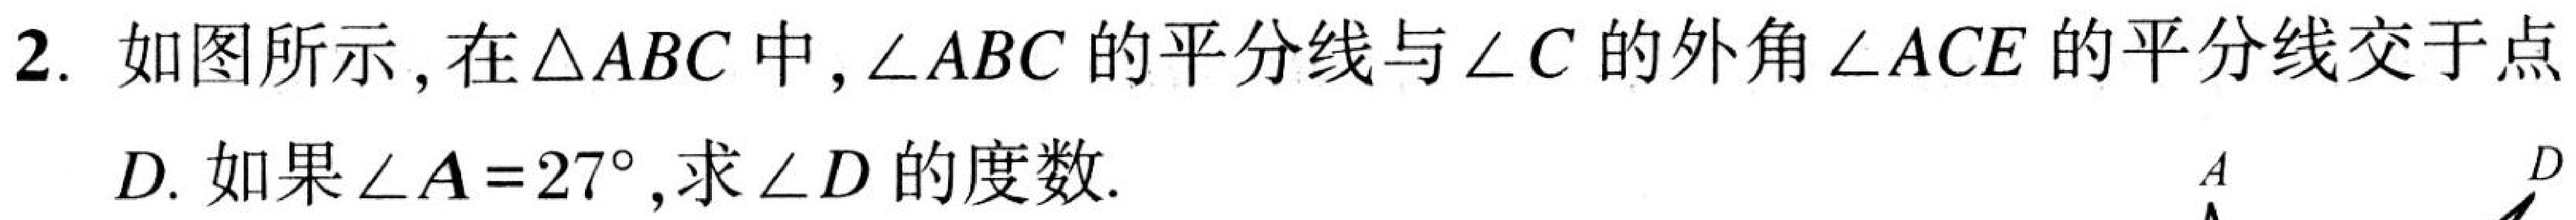
2. 如图所示, 在\(\triangle ABC\)中, \(\angle ABC\)的平分线与\(\angle C\)的外角\(\angle ACE\)的平分线交于点
\(D\). 如果\(\angle A = 27^{\circ}\), 求\(\angle D\)的度数.